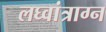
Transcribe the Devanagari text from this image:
लघ्वांत्राग्न